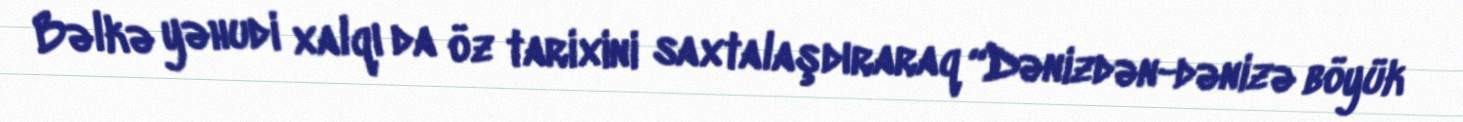
Bəlkə yəhudi xalqı da öz tarixini saxtalaşdıraraq “Dənizdən-dənizə böyük